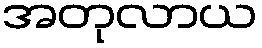
အတုလာယ